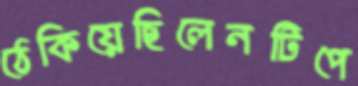
ঠেকিয়েছিলেনটিপে